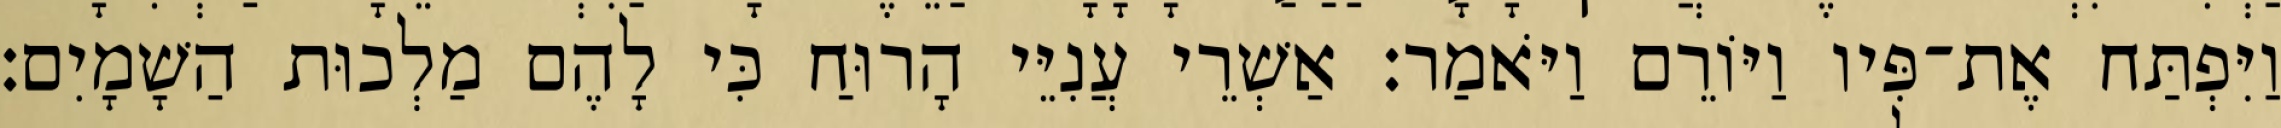
וַיִּפְתַּח אֶת־פִּיו וַיּוֹרֵם וַיֹּאמַר׃ אַשְׁרֵי עֲנִיֵּי הָרוּחַ כִּי לָהֶם מַלְכוּת הַשָׁמָיִם׃